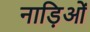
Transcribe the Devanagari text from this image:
नाड़िओं